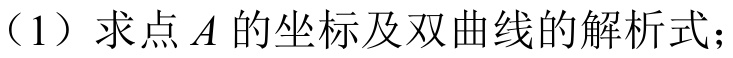
（1）求点\(A\)的坐标及双曲线的解析式；